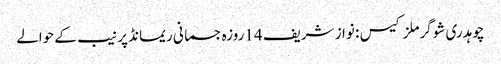
چوہدری شوگرملز کیس : نواز شریف 14روزہ جسمانی ریمانڈ پر نیب کے حوالے